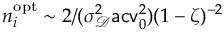
n _ { i } ^ { \mathrm { o p t } } \sim 2 / ( \sigma _ { \mathscr D } ^ { 2 } \mathsf { a c v } _ { 0 } ^ { 2 } ) ( 1 - \zeta ) ^ { - 2 }